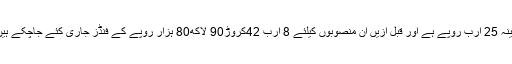
پی ایس ڈی پی کے مطابق گوادر ڈویلپمنٹ اتھارٹی کے مختلف منصوبوں پر مجموعی لاگت کا تخمینہ 25 ارب روپے ہے اور قبل ازیں ان منصوبوں کیلئے 8 ارب 42کروڑ90 لاکھ80 ہزار روپے کے فنڈز جاری کئے جاچکے ہیں جبکہ آئندہ مالی سال کے دوران جی ڈی اے کے لئے ایک ارب روپے کا بجٹ مختص کیا گیا ہے۔